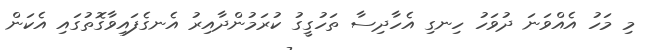
މި މަހު އެއްވަނަ ދުވަހު ހިނގި އެހާދިސާ ތަހުގީގު ކުރަމުންދާއިރު އެނގެފައިވާގޮތުގައި އެކަން